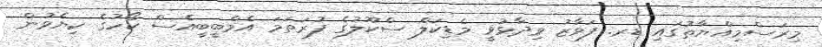
މިރަސްމިއްޔާތުގައި ޑރ. ފަވާޒު ވިދާޅުވީ މެޑިކަލް ސްކޫލުގެ ފުރަތަމަ އެމްބީބީއެސް ކޯހުގެ ކިޔެވުން